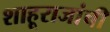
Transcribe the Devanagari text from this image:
शाहूराजांची